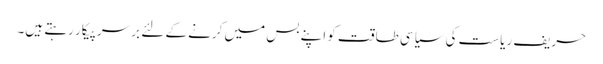
حریف ریاست کی سیاسی طاقت کو اپنے بس میں کرنے کے لئے بر سرپیکار رہتے ہیں۔